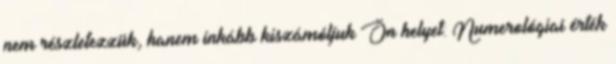
nem részletezzük, hanem inkább kiszámóljuk Ön helyet: Numerológiai érték